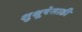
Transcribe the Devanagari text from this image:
शुश्रूषेसाठी